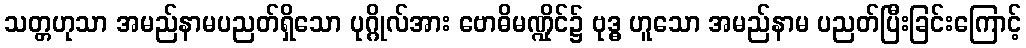
သတ္တဟုသာ အမည်နာမပညတ်ရှိသော ပုဂ္ဂိုလ်အား ဗောဓိမဏ္ဍိုင်၌ ဗုဒ္ဓ ဟူသော အမည်နာမ ပညတ်ပြီးခြင်းကြောင့်